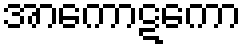
အာကောဋကော